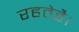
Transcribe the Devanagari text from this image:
रहतेहै।